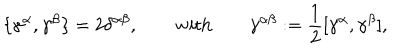
LaTeX: \{ \gamma ^ { \alpha } , \gamma ^ { \beta } \} = 2 \delta ^ { \alpha \beta } , \qquad \mathrm { w i t h } \qquad \gamma ^ { \alpha \beta } : = { \frac { 1 } { 2 } } [ \gamma ^ { \alpha } , \gamma ^ { \beta } ] ,